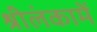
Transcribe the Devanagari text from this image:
श्रीलंकामें